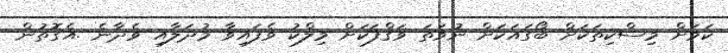
ކަމަށް މިސްކިތަކަށް ބޯގައަކަށް ނުވަތަ ވަޤްފަކަށް މިލްކު ވެފައިވާ މުދަލާއި ވެދާނެ .އެގޮތުން